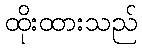
ထိုးထားသည်